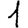
Digit: 1